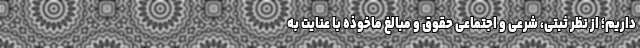
داریم؛ از نظر ثبتی، شرعی و اجتماعی حقوق و مبالغ ماخوذه با عنایت به